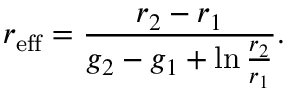
r _ { \mathrm { e f f } } = \frac { r _ { 2 } - r _ { 1 } } { g _ { 2 } - g _ { 1 } + \ln \frac { r _ { 2 } } { r _ { 1 } } } .